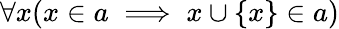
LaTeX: \forall x(x\in a\implies x\cup\{ x\} \in a)